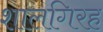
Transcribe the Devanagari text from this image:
शालगिरह